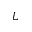
L